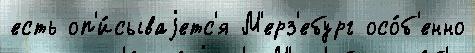
есть оп'и́сываjетс'я М'ерз'ебург осо́б'енно